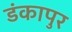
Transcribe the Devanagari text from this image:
डंकापुर